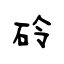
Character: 砱